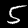
Label: 5